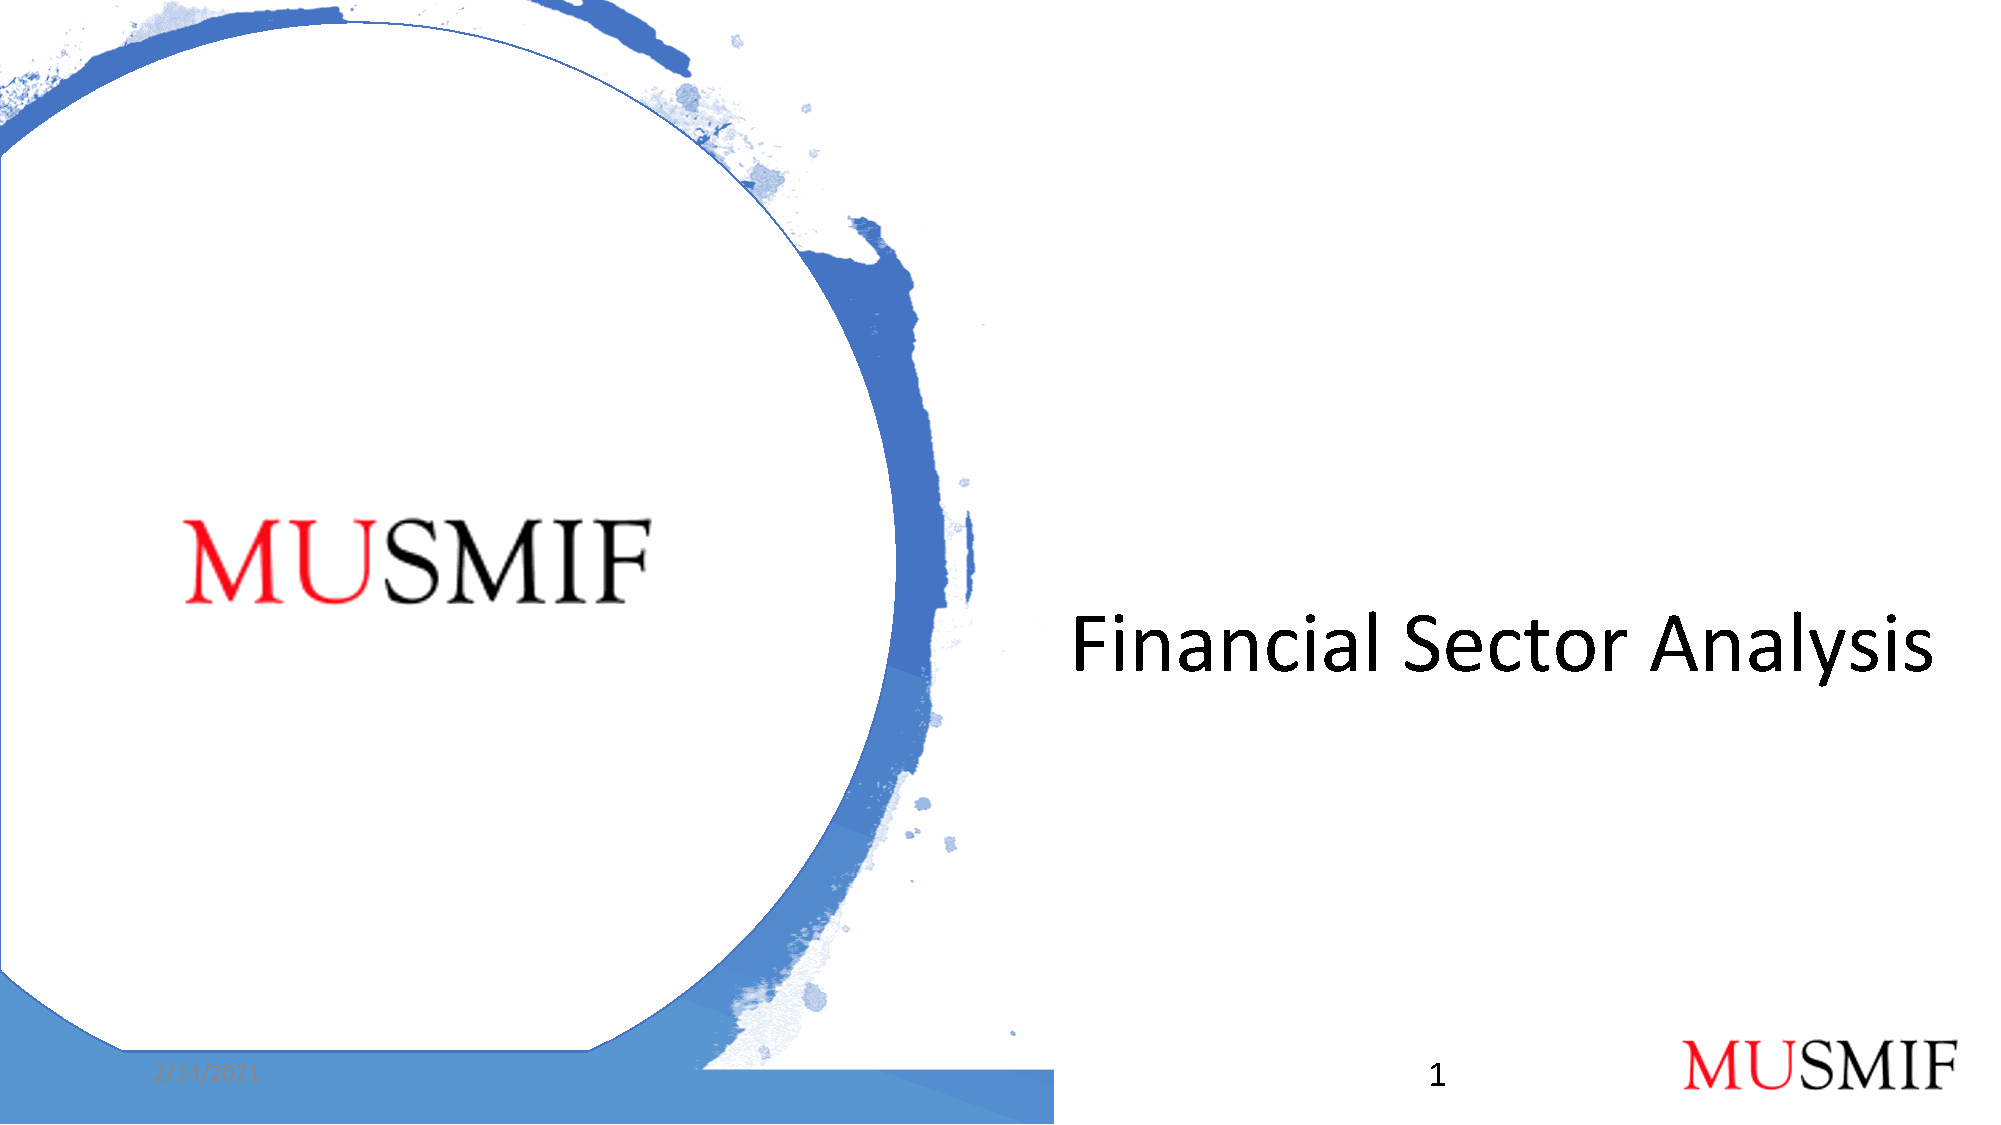
Financial             Sector          Analysis
 2/14/2021                                                                            1